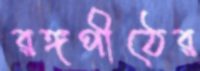
রঙ্গপীঠের